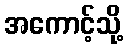
အကောင့်သို့